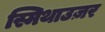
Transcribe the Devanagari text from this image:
स्मिथाउज़र